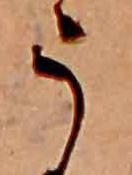
う